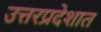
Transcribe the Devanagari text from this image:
उत्तरप्रदेशात